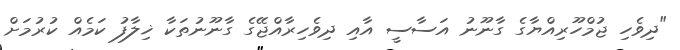
"ދިވެހި ޖުމްހޫރިއްޔާގެ ގާނޫނު އަސާސީ އާއި ދިވެހިރާއްޖޭގެ ގާނޫނުތަކާ ޚިލާފު ކަމެއް ކުރުމަށް